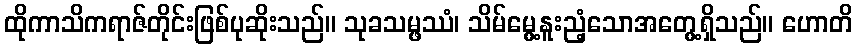
ထိုကာသိကရာဇ်တိုင်းဖြစ်ပုဆိုးသည်။ သုခသမ္ဖဿံ၊ သိမ်မွေ့နူးညံ့သောအတွေ့ရှိသည်။ ဟောတိ